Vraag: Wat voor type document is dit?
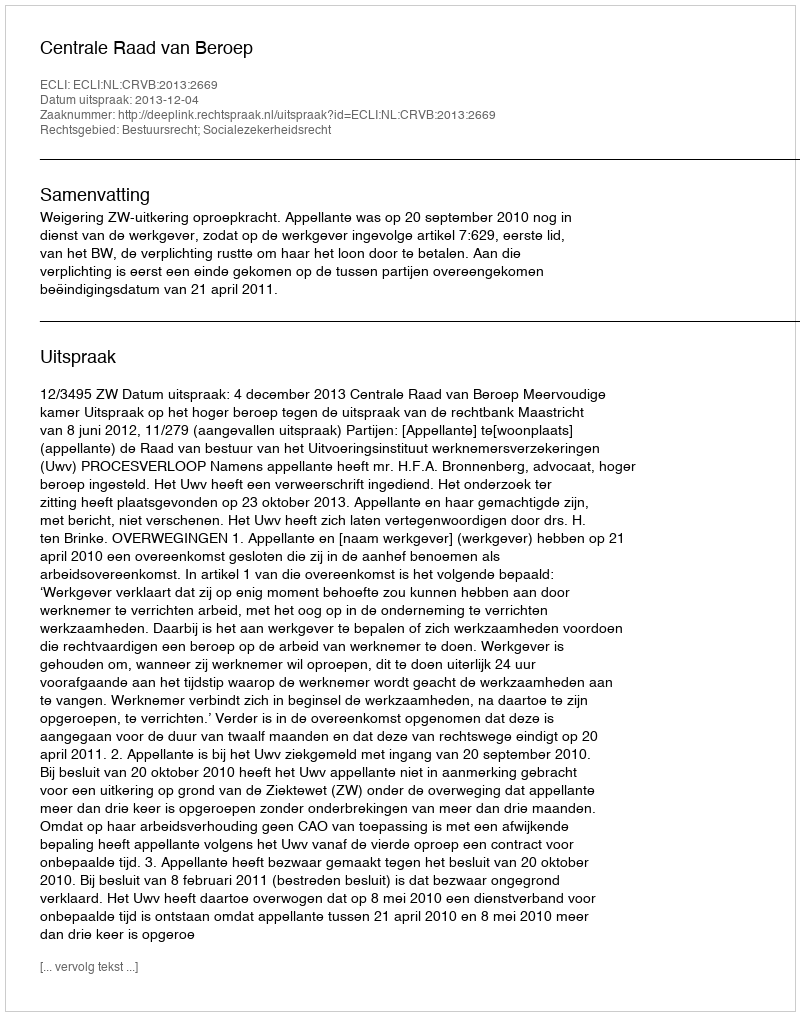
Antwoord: Uitspraak